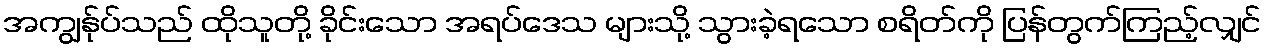
အကျွန်ုပ်သည် ထိုသူတို့ ခိုင်းသော အရပ်ဒေသ များသို့ သွားခဲ့ရသော စရိတ်ကို ပြန်တွက်ကြည့်လျှင်